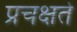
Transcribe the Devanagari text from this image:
प्रचक्षते